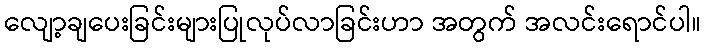
လျော့ချပေးခြင်းများပြုလုပ်လာခြင်းဟာ အတွက် အလင်းရောင်ပါ။